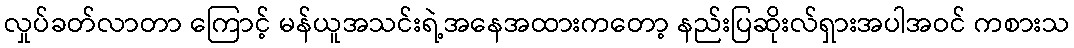
လှုပ်ခတ်လာတာ ကြောင့် မန်ယူအသင်းရဲ့အနေအထားကတော့ နည်းပြဆိုးလ်ရှားအပါအဝင် ကစားသ